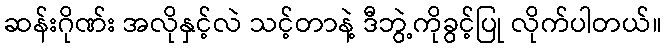
ဆန်းဂိုဏ်း အလိုနှင့်လဲ သင့်တာနဲ့ ဒီဘွဲ့ကိုခွင့်ပြု လိုက်ပါတယ်။